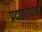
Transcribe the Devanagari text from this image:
प्रदाहरोधक